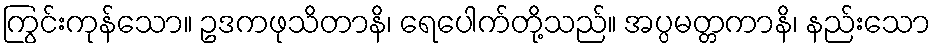
ကြွင်းကုန်သော။ ဥဒကဖုသိတာနိ၊ ရေပေါက်တို့သည်။ အပ္ပမတ္တကာနိ၊ နည်းသော